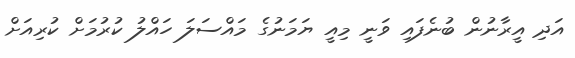
އަދި އީރާނުން ބުނެފައި ވަނީ މިއީ ޔަމަނުގެ މައްސަލަ ހައްލު ކުުރުމަށް ކުރިއަށް